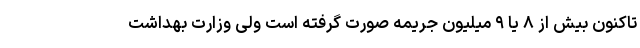
تاکنون بیش از ۸ یا ۹ میلیون جریمه صورت گرفته است ولی وزارت بهداشت